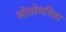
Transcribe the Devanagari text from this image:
सोलोमत्तिस